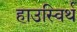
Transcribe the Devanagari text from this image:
हाउस्विर्थ